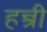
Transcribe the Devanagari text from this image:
हन्त्री